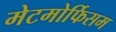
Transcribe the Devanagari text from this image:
मेटमोर्फिसम